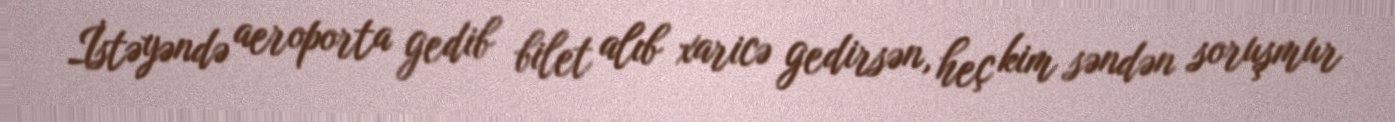
İstəyəndə aeroporta gedib bilet alıb xaricə gedirsən, heç kim səndən soruşmur